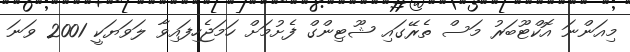
މިއަންނަ އޮކްޓޫބަރު މަސް ތެރޭގައި ޝޫޓިންގް ފެށުމަށް ހަމަޖެހިފައިވާ ލަވަޔަކީ 2001 ވަނަ